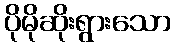
ပိုမိုဆိုးရွားသော